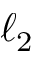
\ell _ { 2 }